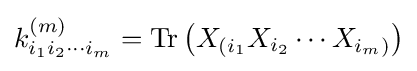
k_{i_{1}i_{2}\cdots i_{m}}^{(m)}={\text{Tr}}\left(X_{(i_{1}}X_{i_{2}}\cdots X_{i_{m})}\right)